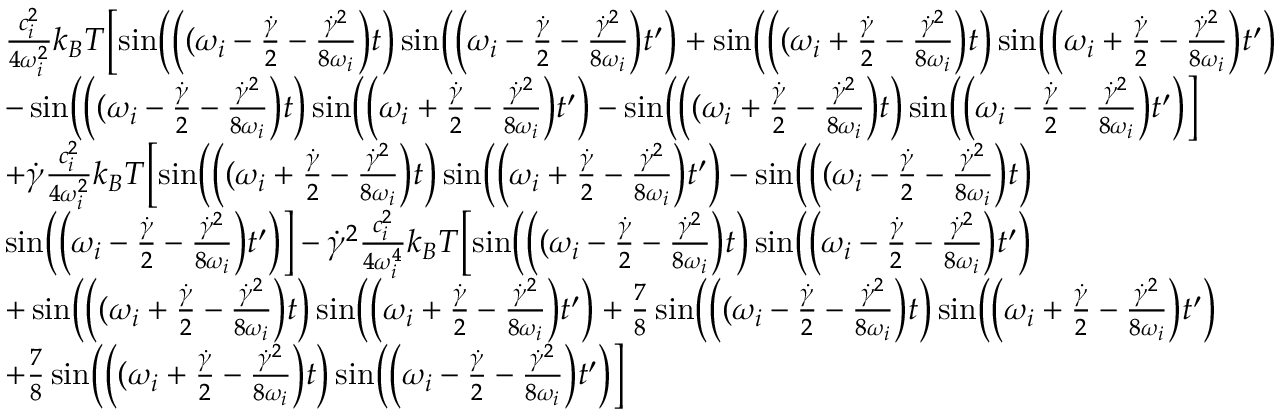
\begin{array} { r l } & { \frac { c _ { i } ^ { 2 } } { 4 \omega _ { i } ^ { 2 } } k _ { B } T \Bigl [ \sin \Bigl ( \Bigl ( ( \omega _ { i } - \frac { \dot { \gamma } } { 2 } - \frac { \dot { \gamma } ^ { 2 } } { 8 \omega _ { i } } \Bigr ) t \Bigr ) \sin \Bigl ( \Bigl ( \omega _ { i } - \frac { \dot { \gamma } } { 2 } - \frac { \dot { \gamma } ^ { 2 } } { 8 \omega _ { i } } \Bigr ) t ^ { \prime } \Bigr ) + \sin \Bigl ( \Bigl ( ( \omega _ { i } + \frac { \dot { \gamma } } { 2 } - \frac { \dot { \gamma } ^ { 2 } } { 8 \omega _ { i } } \Bigr ) t \Bigr ) \sin \Bigl ( \Bigl ( \omega _ { i } + \frac { \dot { \gamma } } { 2 } - \frac { \dot { \gamma } ^ { 2 } } { 8 \omega _ { i } } \Bigr ) t ^ { \prime } \Bigr ) } \\ & { - \sin \Bigl ( \Bigl ( ( \omega _ { i } - \frac { \dot { \gamma } } { 2 } - \frac { \dot { \gamma } ^ { 2 } } { 8 \omega _ { i } } \Bigr ) t \Bigr ) \sin \Bigl ( \Bigl ( \omega _ { i } + \frac { \dot { \gamma } } { 2 } - \frac { \dot { \gamma } ^ { 2 } } { 8 \omega _ { i } } \Bigr ) t ^ { \prime } \Bigr ) - \sin \Bigl ( \Bigl ( ( \omega _ { i } + \frac { \dot { \gamma } } { 2 } - \frac { \dot { \gamma } ^ { 2 } } { 8 \omega _ { i } } \Bigr ) t \Bigr ) \sin \Bigl ( \Bigl ( \omega _ { i } - \frac { \dot { \gamma } } { 2 } - \frac { \dot { \gamma } ^ { 2 } } { 8 \omega _ { i } } \Bigr ) t ^ { \prime } \Bigr ) \Bigr ] } \\ & { + \dot { \gamma } \frac { c _ { i } ^ { 2 } } { 4 \omega _ { i } ^ { 2 } } k _ { B } T \Bigl [ \sin \Bigl ( \Bigl ( ( \omega _ { i } + \frac { \dot { \gamma } } { 2 } - \frac { \dot { \gamma } ^ { 2 } } { 8 \omega _ { i } } \Bigr ) t \Bigr ) \sin \Bigl ( \Bigl ( \omega _ { i } + \frac { \dot { \gamma } } { 2 } - \frac { \dot { \gamma } ^ { 2 } } { 8 \omega _ { i } } \Bigr ) t ^ { \prime } \Bigr ) - \sin \Bigl ( \Bigl ( ( \omega _ { i } - \frac { \dot { \gamma } } { 2 } - \frac { \dot { \gamma } ^ { 2 } } { 8 \omega _ { i } } \Bigr ) t \Bigr ) } \\ & { \sin \Bigl ( \Bigl ( \omega _ { i } - \frac { \dot { \gamma } } { 2 } - \frac { \dot { \gamma } ^ { 2 } } { 8 \omega _ { i } } \Bigr ) t ^ { \prime } \Bigr ) \Bigr ] - \dot { \gamma } ^ { 2 } \frac { c _ { i } ^ { 2 } } { 4 \omega _ { i } ^ { 4 } } k _ { B } T \Bigl [ \sin \Bigl ( \Bigl ( ( \omega _ { i } - \frac { \dot { \gamma } } { 2 } - \frac { \dot { \gamma } ^ { 2 } } { 8 \omega _ { i } } \Bigr ) t \Bigr ) \sin \Bigl ( \Bigl ( \omega _ { i } - \frac { \dot { \gamma } } { 2 } - \frac { \dot { \gamma } ^ { 2 } } { 8 \omega _ { i } } \Bigr ) t ^ { \prime } \Bigr ) } \\ & { + \sin \Bigl ( \Bigl ( ( \omega _ { i } + \frac { \dot { \gamma } } { 2 } - \frac { \dot { \gamma } ^ { 2 } } { 8 \omega _ { i } } \Bigr ) t \Bigr ) \sin \Bigl ( \Bigl ( \omega _ { i } + \frac { \dot { \gamma } } { 2 } - \frac { \dot { \gamma } ^ { 2 } } { 8 \omega _ { i } } \Bigr ) t ^ { \prime } \Bigr ) + \frac { 7 } { 8 } \sin \Bigl ( \Bigl ( ( \omega _ { i } - \frac { \dot { \gamma } } { 2 } - \frac { \dot { \gamma } ^ { 2 } } { 8 \omega _ { i } } \Bigr ) t \Bigr ) \sin \Bigl ( \Bigl ( \omega _ { i } + \frac { \dot { \gamma } } { 2 } - \frac { \dot { \gamma } ^ { 2 } } { 8 \omega _ { i } } \Bigr ) t ^ { \prime } \Bigr ) } \\ & { + \frac { 7 } { 8 } \sin \Bigl ( \Bigl ( ( \omega _ { i } + \frac { \dot { \gamma } } { 2 } - \frac { \dot { \gamma } ^ { 2 } } { 8 \omega _ { i } } \Bigr ) t \Bigr ) \sin \Bigl ( \Bigl ( \omega _ { i } - \frac { \dot { \gamma } } { 2 } - \frac { \dot { \gamma } ^ { 2 } } { 8 \omega _ { i } } \Bigr ) t ^ { \prime } \Bigr ) \Bigr ] } \end{array}